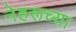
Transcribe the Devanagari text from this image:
नेहरूच्या